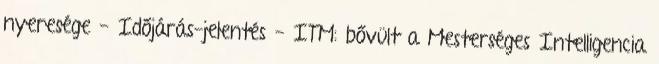
nyeresége - Időjárás-jelentés - ITM: bővült a Mesterséges Intelligencia